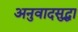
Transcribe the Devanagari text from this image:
अनुवादसुद्धा